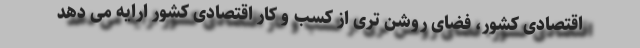
اقتصادی کشور، فضای روشن تری از کسب و کار اقتصادی کشور ارایه می دهد